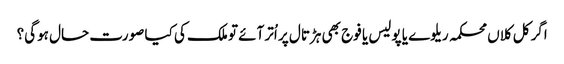
اگر کل کلاں محکمہ ریلوے یا پولیس یا فوج بھی ہڑتال پر اُتر آئے تو ملک کی کیا صورت حال ہوگی؟